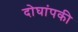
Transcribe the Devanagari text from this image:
दोघांपकी